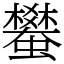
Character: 蠜